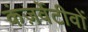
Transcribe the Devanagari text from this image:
कंज़र्वेटीवों